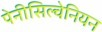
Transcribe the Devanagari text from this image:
पेनीसिल्वेनियन